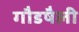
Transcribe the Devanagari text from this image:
गौडषैली